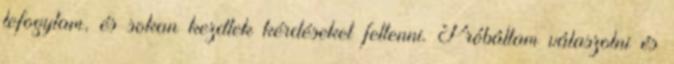
lefogytam, és sokan kezdtek kérdéseket feltenni. Próbáltam válaszolni és